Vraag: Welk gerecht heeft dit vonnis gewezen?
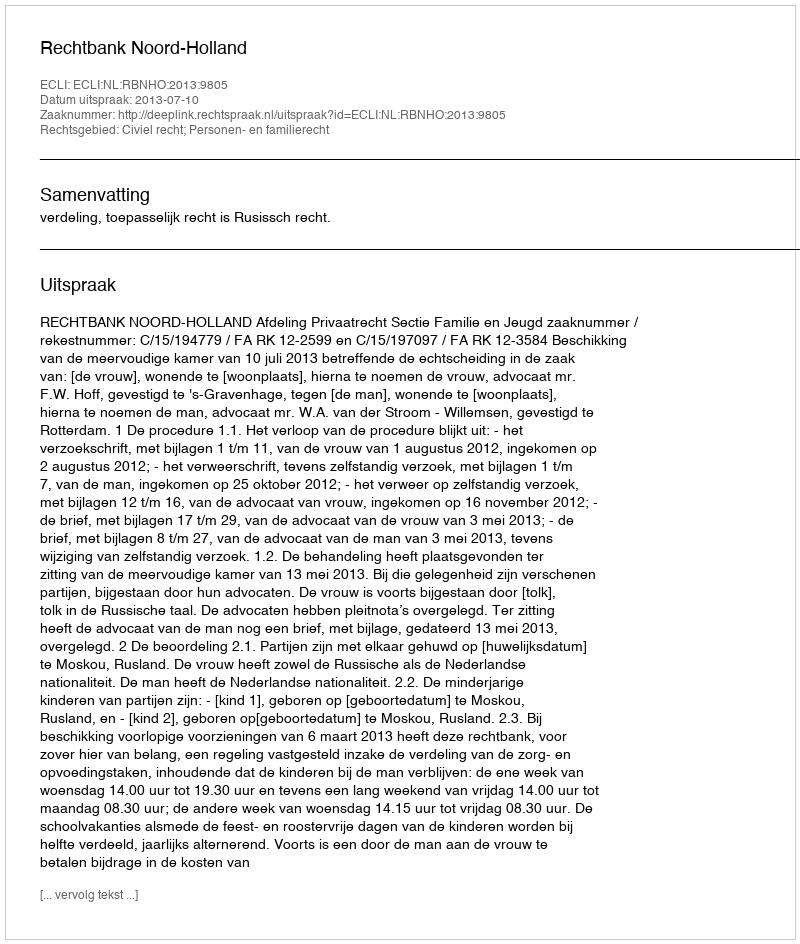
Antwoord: Rechtbank Noord-Holland